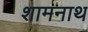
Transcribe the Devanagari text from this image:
शामनाथ